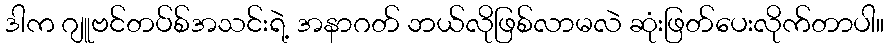
ဒါက ဂျူဗင်တပ်စ်အသင်းရဲ့ အနာဂတ် ဘယ်လိုဖြစ်လာမလဲ ဆုံးဖြတ်ပေးလိုက်တာပါ။